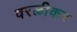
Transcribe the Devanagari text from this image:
वरळीकर